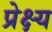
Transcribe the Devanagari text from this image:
प्रेक्ष्य